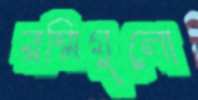
রশ্মিগুলো